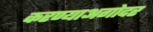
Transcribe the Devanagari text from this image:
करण्याअगोदर